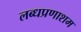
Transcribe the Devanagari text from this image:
लब्धप्रणाशम